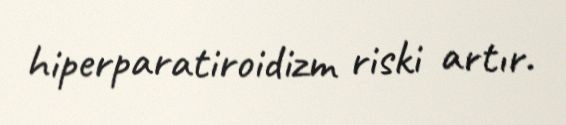
hiperparatiroidizm riski artır.